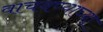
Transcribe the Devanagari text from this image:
वाचवण्याच्या